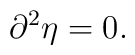
\partial^2 \eta = 0.